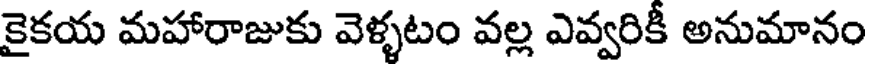
కైకయ మహారాజుకు వెళ్ళటం వల్ల ఎవ్వరికీ అనుమానం